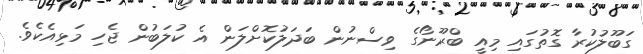
ގަބޫލުކުރާ ގޮތުގައި މިއީ ބްރޫނޯގެ ވިސްނުން ބަދަލުކޮށްލަން އެ ކުލަބުން ޖެހި މަޅިއެކެވެ.